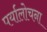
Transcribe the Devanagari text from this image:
पर्यालोचना